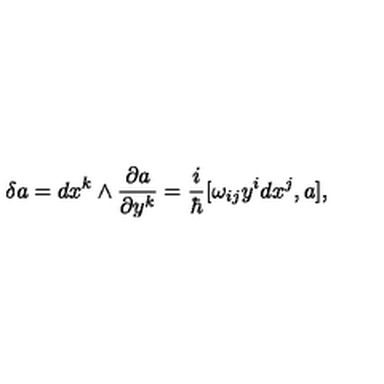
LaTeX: \delta a = d x ^ { k } \wedge \frac { \partial a } { \partial y ^ { k } } = \frac { i } { \hbar } [ \omega _ { i j } y ^ { i } d x ^ { j } , a ] ,